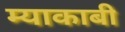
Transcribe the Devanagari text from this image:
म्याकाबी